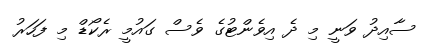
ސާއިދު ވަނީ މި ދެ އިވެންޓުގެ ވެސް ގައުމީ ރެކޯޑް މި ފަހަރު